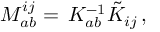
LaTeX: M _ { a b } ^ { i j } = \, K _ { a b } ^ { - 1 } \tilde { K } _ { i j } \, ,